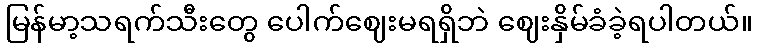
မြန်မာ့သရက်သီးတွေ ပေါက်ဈေးမရရှိဘဲ ဈေးနှိမ်ခံခဲ့ရပါတယ်။